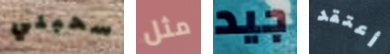
سحبني مثل جيد أعتقد